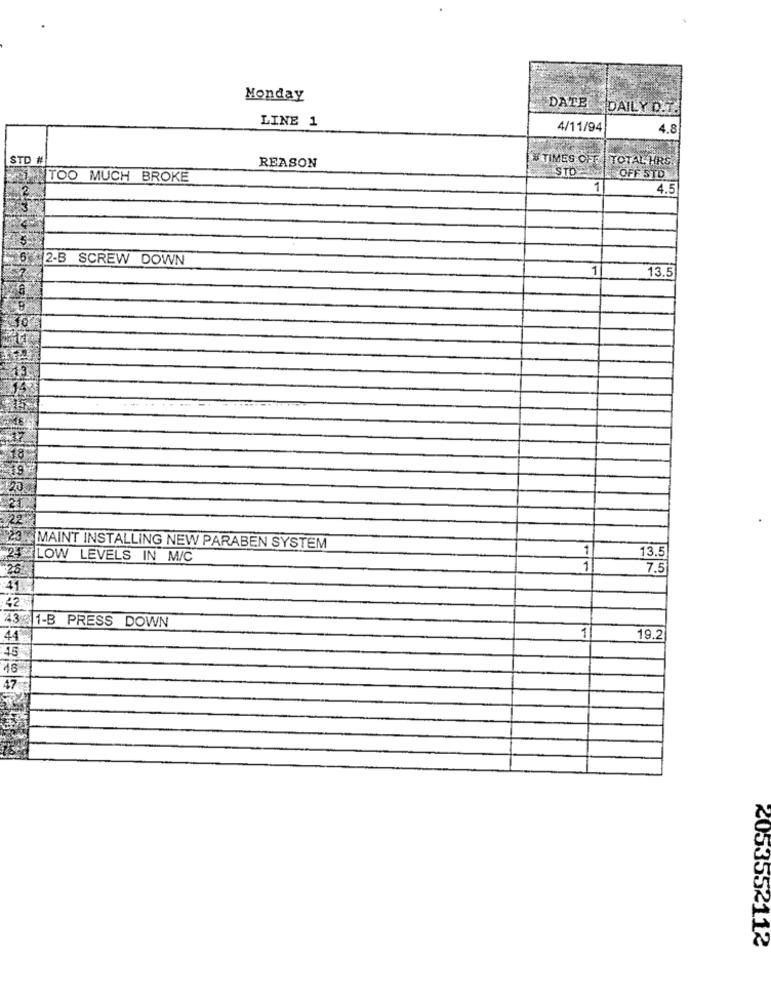
Monday
DATE
DAILY D.T.
LINE 1
4/11/94
4.8
STD #
# TIMES OFF | TOTAL HRS.
REASON
TOO MUCH BROKE
STO - ING OFF STD
1
4.5
2-B SCREW DOWN
1
13.5
120
MAINT INSTALLING NEW PARABEN SYSTEM
1
13.5
25 LOW LEVELS IN M/C
26
1
7.5
41.
42
43 1-B PRESS DOWN
1
44
19.2
45
46
47
2053552112